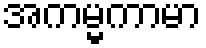
အကမ္မကာမာ